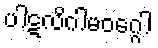
ပါဋလိဂါမဝဂ္ဂေါ